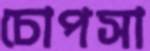
চোপসা